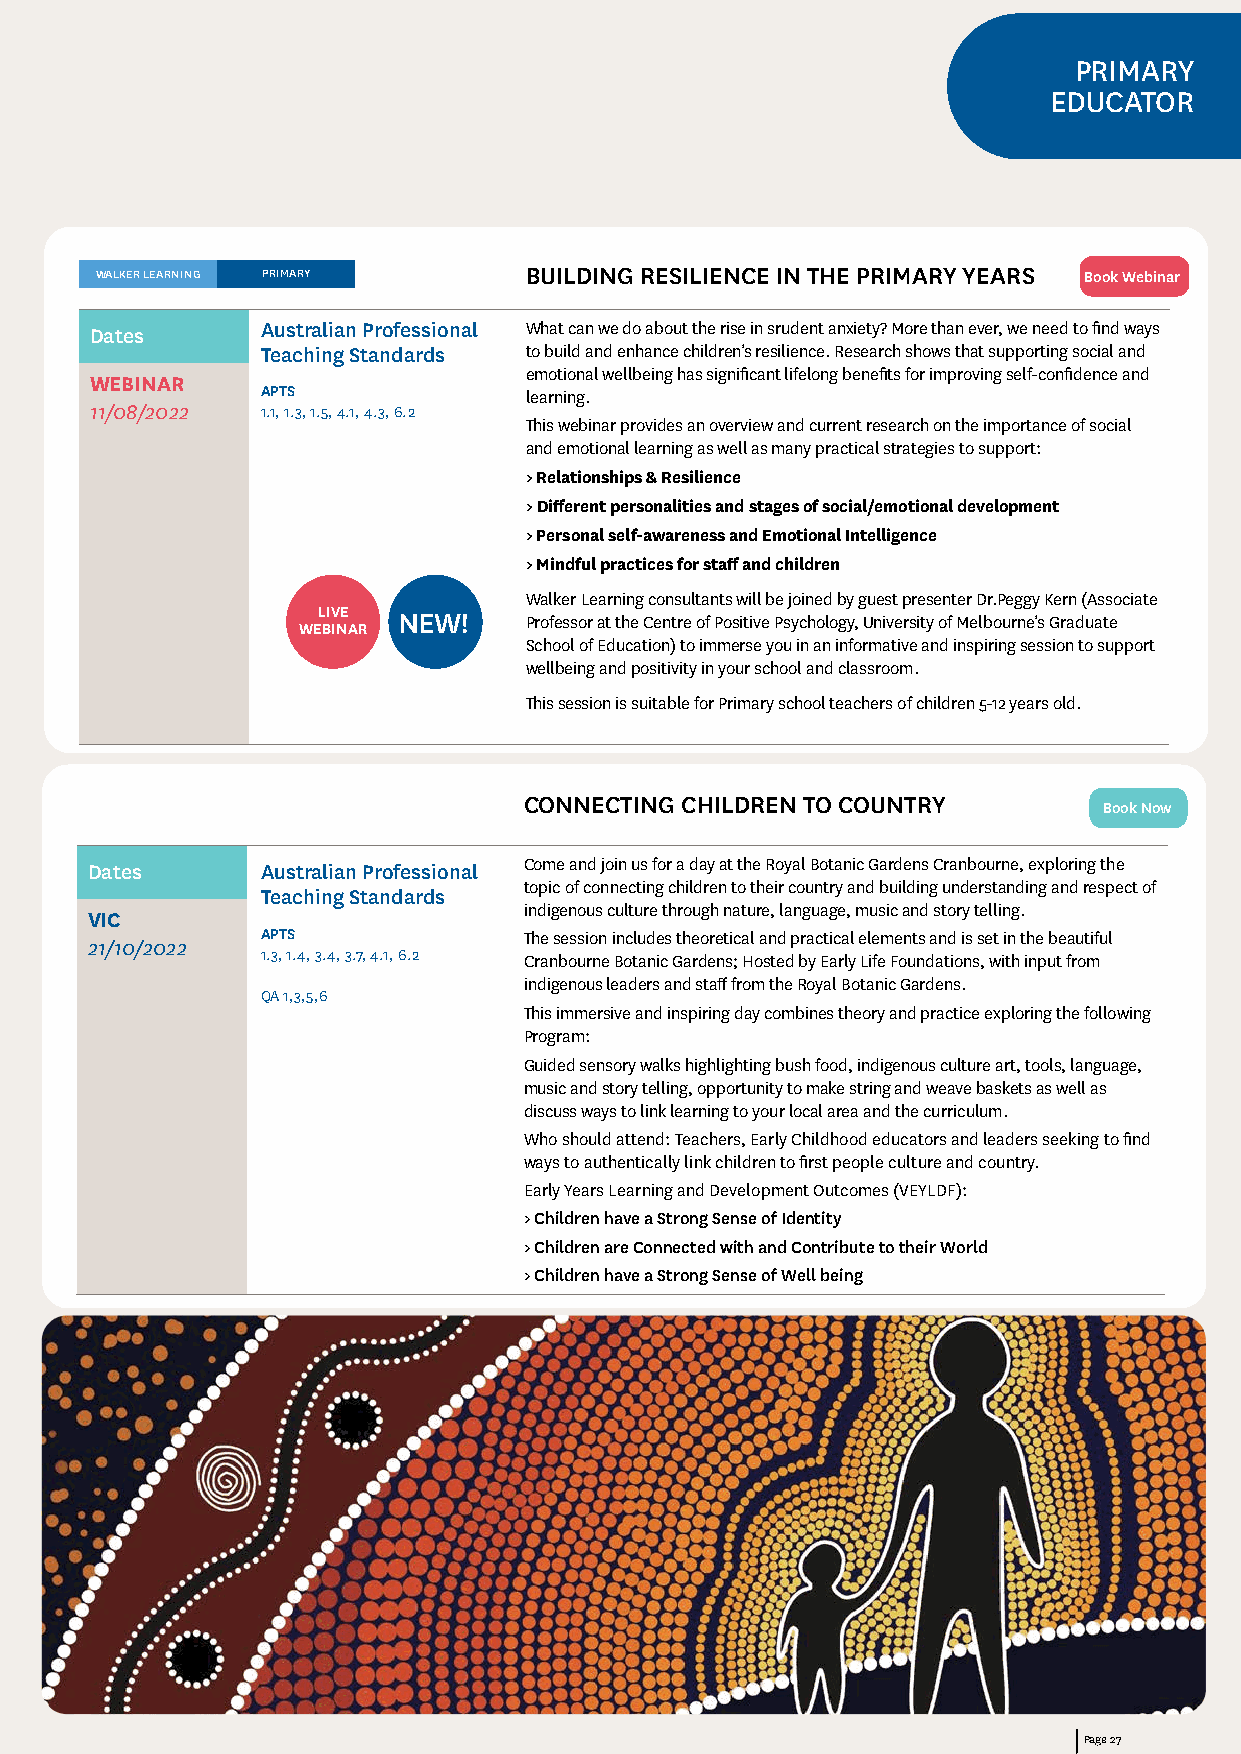
PRIMARY
 EDUCATOR
 WALKER LEARNING PRIMARY      BUILDING RESILIENCE IN THE PRIMARY YEARS Book Webinar
 Dates      Australian Professional What can we do about the rise in srudent anxiety? More than ever, we need to find ways
 Teaching Standards to build and enhance children’s resilience. Research shows that supporting social and
 emotional wellbeing has significant lifelong benefits for improving self-confidence and
 WEBINAR
 APTS              learning.
 11/08/2022 1.1, 1.3, 1.5, 4.1, 4.3, 6.2
 This webinar provides an overview and current research on the importance of social
 and emotional learning as well as many practical strategies to support:
 > Relationships & Resilience
 > Different personalities and stages of social/emotional development
 > Personal self-awareness and Emotional Intelligence
 > Mindful practices for staff and children
 Walker Learning consultants will be joined by guest presenter Dr.Peggy Kern (Associate
 LIVE NEW!     Professor at the Centre of Positive Psychology, University of Melbourne’s Graduate
 WEBINAR
 School of Education) to immerse you in an informative and inspiring session to support
 wellbeing and positivity in your school and classroom.
 This session is suitable for Primary school teachers of children 5-12 years old.
 CONNECTING CHILDREN TO COUNTRY
 Book Now
 Dates      Australian Professional Come and join us for a day at the Royal Botanic Gardens Cranbourne, exploring the
 topic of connecting children to their country and building understanding and respect of
 Teaching Standards
 indigenous culture through nature, language, music and story telling.
 VIC
 APTS              The session includes theoretical and practical elements and is set in the beautiful
 21/10/2022
 1.3, 1.4, 3.4, 3.7, 4.1, 6.2
 Cranbourne Botanic Gardens; Hosted by Early Life Foundations, with input from
 indigenous leaders and staff from the Royal Botanic Gardens.
 QA 1,3,5,6
 This immersive and inspiring day combines theory and practice exploring the following
 Program:
 Guided sensory walks highlighting bush food, indigenous culture art, tools, language,
 music and story telling, opportunity to make string and weave baskets as well as
 discuss ways to link learning to your local area and the curriculum.
 Who should attend: Teachers, Early Childhood educators and leaders seeking to find
 ways to authentically link children to first people culture and country.
 Early Years Learning and Development Outcomes (VEYLDF):
 > Children have a Strong Sense of Identity
 > Children are Connected with and Contribute to their World
 > Children have a Strong Sense of Well being
 Page 27